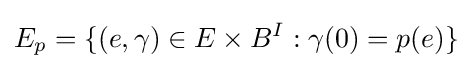
E_{p}=\{(e,\gamma )\in E\times B^{I}:\gamma (0)=p(e)\}